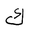
Letter: _kaf